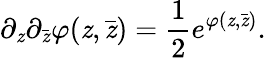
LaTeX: \partial_{\mathit{z}}\partial_{\bar{{\mathit{z}}}}\varphi(\mathit{z},\bar{{\mathit{z}}})={\frac{{1}}{{2}}}e^{\varphi(\mathit{z},\bar{{\mathit{z}}})}.